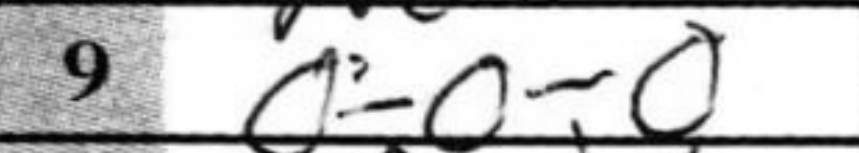
Transcription: O-O-O